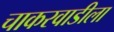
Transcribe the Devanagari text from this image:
चाकरवाडीला